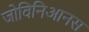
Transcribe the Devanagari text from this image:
जोविनिआनस